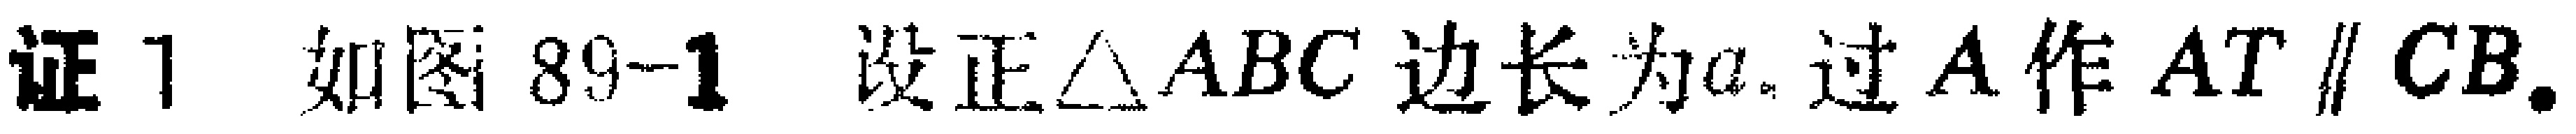
证 1 如图 89-1，设正$\triangle ABC$边长为$a$. 过$A$作$AT \parallel CB$,